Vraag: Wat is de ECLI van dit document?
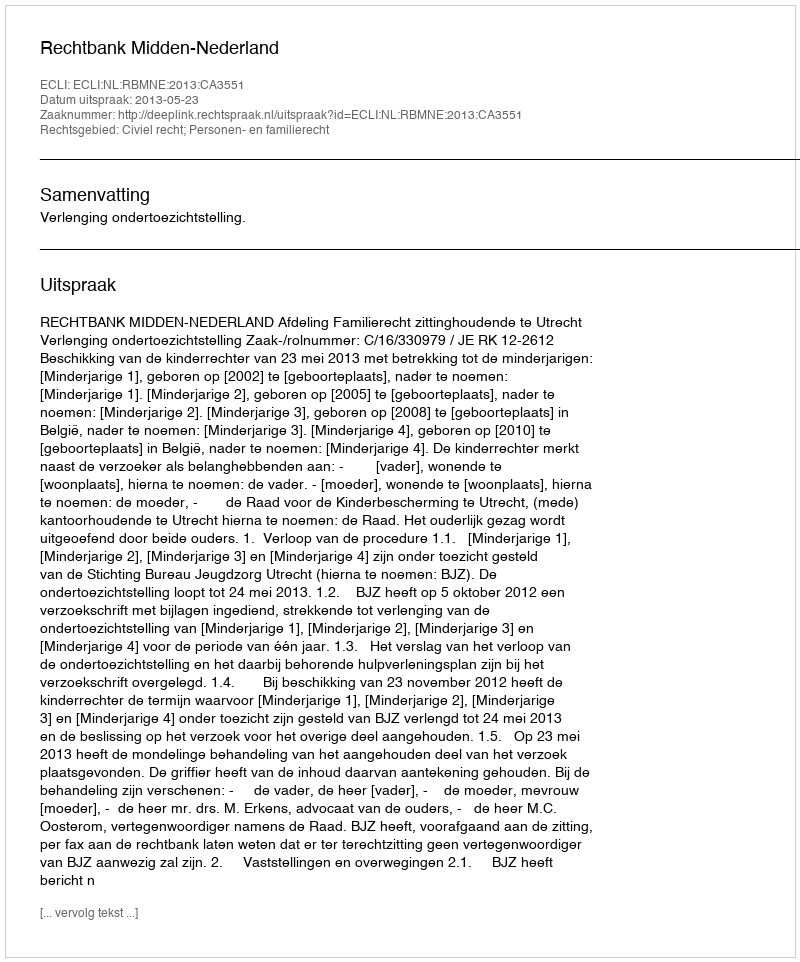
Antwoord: ECLI:NL:RBMNE:2013:CA3551